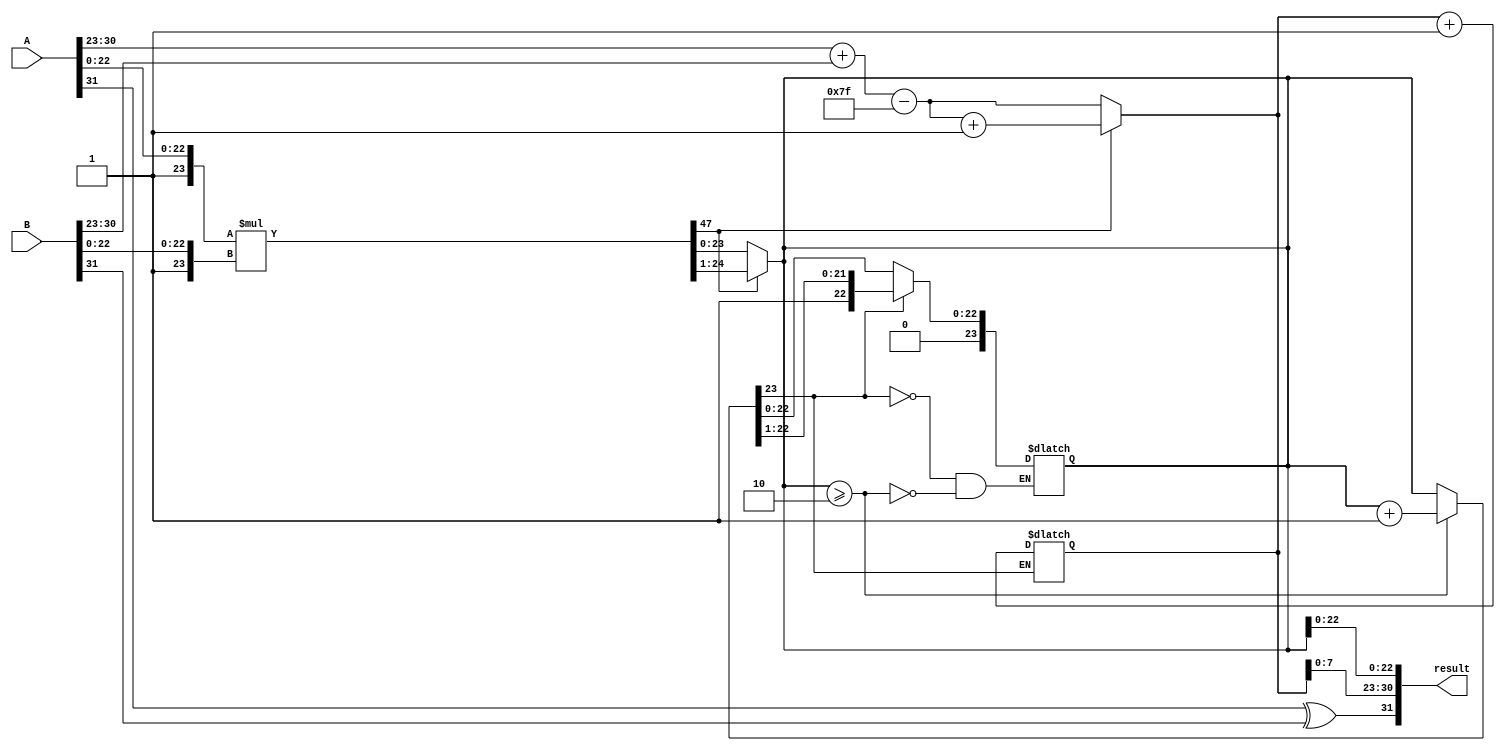
module floating_point_multiplier #(
    parameter E = 8, // Number of exponent bits
    parameter M = 23, // Number of fraction bits
    parameter BIAS = (1 << (E-1)) - 1 // Bias for exponent
)(
    input wire [E + M:0] A, // Input A (1 sign bit + E exponent bits + M mantissa bits)
    input wire [E + M:0] B, // Input B (1 sign bit + E exponent bits + M mantissa bits)
    output reg [E + M:0] result // Result (1 sign bit + E exponent bits + M mantissa bits)
);

    // Intermediate signals
    wire sign_A, sign_B, sign_result;
    wire [E-1:0] exp_A, exp_B, exp_result;
    wire [M:0] mant_A, mant_B; // M+1 bits to include the implicit leading 1
    wire [2*M+1:0] mant_product; // Product of mantissas
    reg [E:0] exp_temp; // Temporary exponent for normalization
    reg [M:0] mant_temp; // Temporary mantissa for normalization
    reg [E:0] exp_final; // Final exponent after normalization

    // Extract sign, exponent, and mantissa
    assign sign_A = A[E + M];
    assign sign_B = B[E + M];
    assign exp_A = A[E + M - 1 : M];
    assign exp_B = B[E + M - 1 : M];
    assign mant_A = {1'b1, A[M - 1:0]}; // Implicit leading 1
    assign mant_B = {1'b1, B[M - 1:0]}; // Implicit leading 1

    // Sign calculation
    assign sign_result = sign_A ^ sign_B;

    // Exponent calculation
    assign exp_temp = exp_A + exp_B - BIAS;

    // Mantissa multiplication
    assign mant_product = mant_A * mant_B;

    // Normalization
    always @(*) begin
        if (mant_product[2*M+1]) begin // If product is greater than or equal to 2
            mant_temp = mant_product[2*M:1]; // Shift right
            exp_final = exp_temp + 1; // Increment exponent
        end else begin
            mant_temp = mant_product[2*M-1:0]; // Use product as is
            exp_final = exp_temp; // No change to exponent
        end
    end

    // Rounding (round-to-nearest)
    always @(*) begin
        if (mant_temp[M:0] >= 2) begin // Check for rounding
            mant_temp = mant_temp + 1; // Round up
        end
        // Check for overflow in mantissa
        if (mant_temp[M]) begin
            mant_temp = mant_temp >> 1; // Normalize by shifting right
            exp_final = exp_final + 1; // Increment exponent
        end
    end

    // Assemble final result
    always @(*) begin
        result[E + M:0] = {sign_result, exp_final[E - 1:0], mant_temp[M - 1:0]};
    end

endmodule